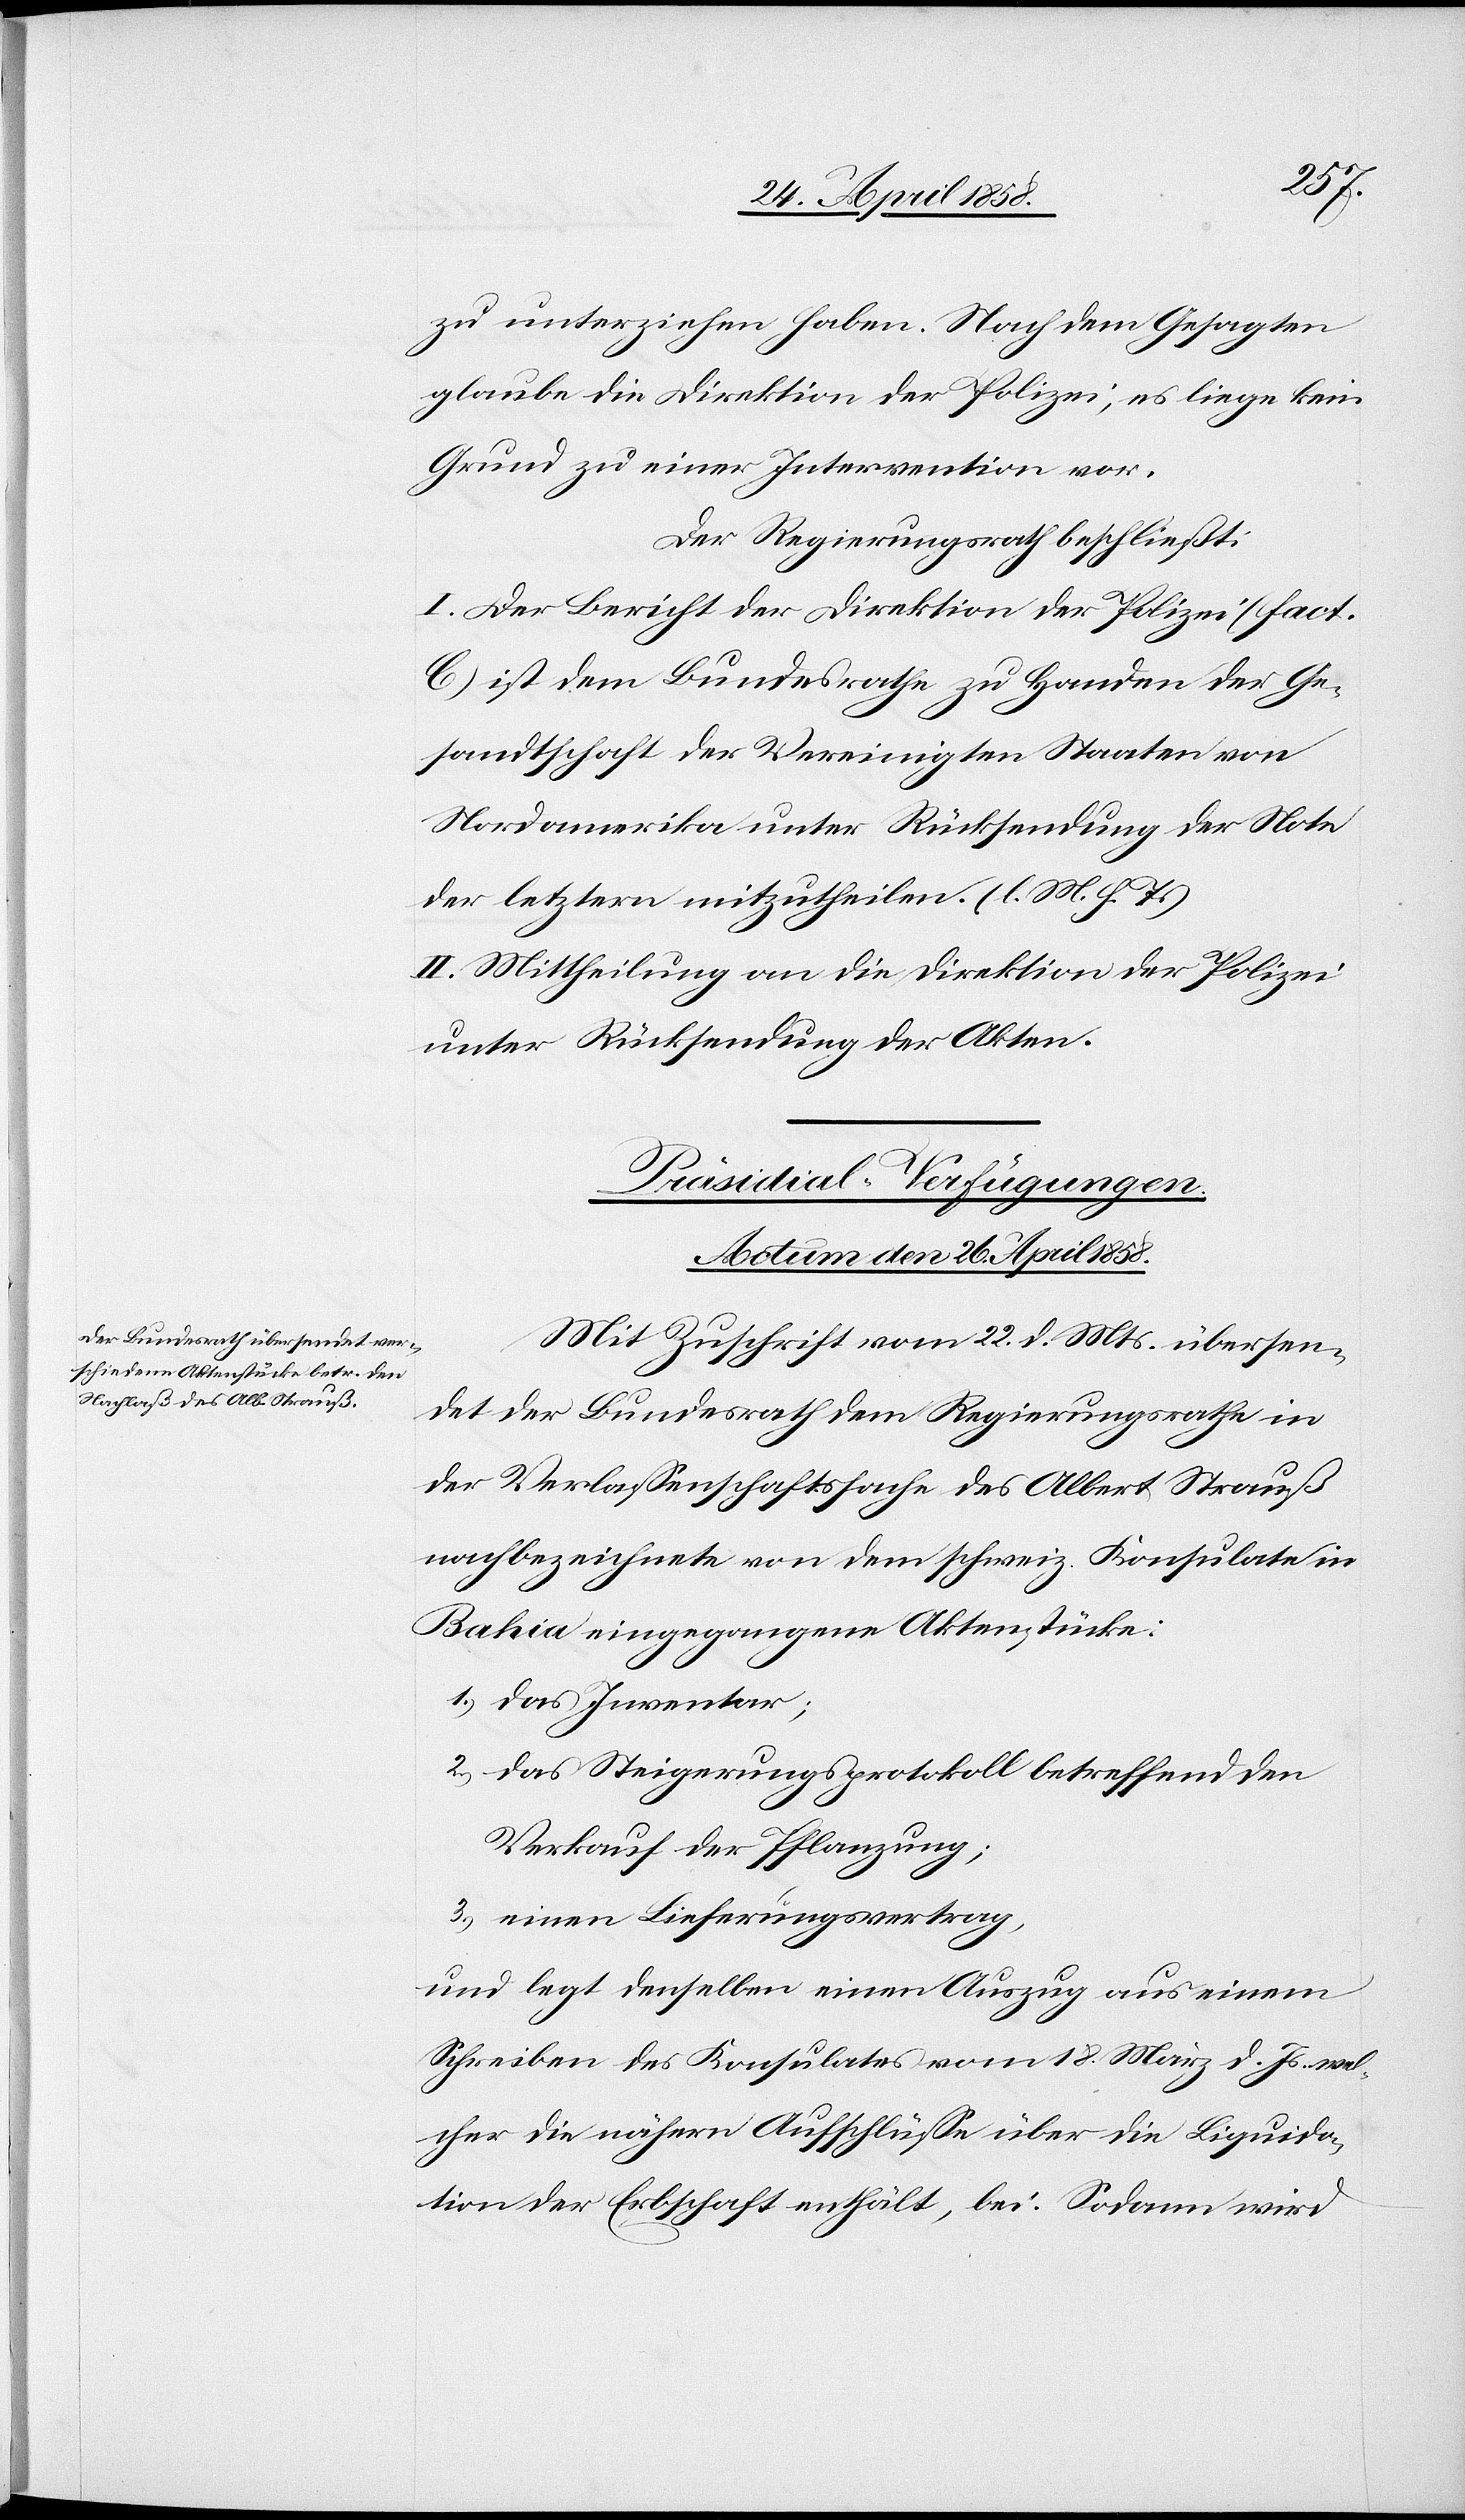
zu unterziehen haben. Nach dem Gesagten
glaube die Direktion der Polizei, es liege kein
Grund zu einer Intervention vor.
Der Regierungsrath beschließt:
I. Der Bericht der Direktion der Polizei (Fact.
C) ist dem Bundesrathe zu Handen der Ge¬
sandtschaft der Vereinigten Staaten von
Nordamerika unter Rücksendung der Note
der letztern mitzutheilen. (l. M. h. T.)
II. Mittheilung an die Direktion der Polizei
unter Rücksendung der Akten.
Präsidial-Verfügungen.
Actum den 26. April 1858.
Mit Zuschrift vom 22. d. Mts. übersen¬
det der Bundesrath dem Regierungsrathe in
der Verlassenschaftssache des Albert Strauß
nachbezeichnete von dem schweiz. Konsulate in
Bahia eingegangene Aktenstücke:
1) das Inventar;
2) das Steigerungsprotokoll betreffend den
Verkauf der Pflanzung;
3) einen Lieferungsvertrag,
und legt denselben einen Auszug aus einem
Schreiben des Konsulates vom 18. März d. Js. wel¬
cher die nähern Aufschlüsse über die Liquida¬
tion der Erbschaft enthält, bei. Sodann wird